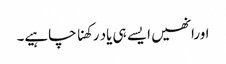
اورانھیں ایسے ہی یاد رکھنا چاہیے۔